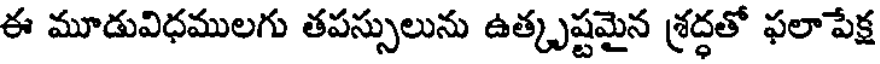
ఈ మూడువిధములగు తపస్సులును ఉత్కృష్టమైన శ్రద్ధతో ఫలాపేక్ష